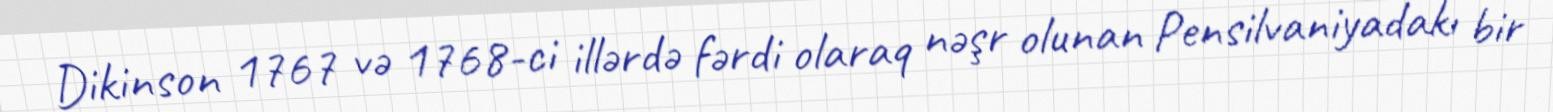
Dikinson 1767 və 1768-ci illərdə fərdi olaraq nəşr olunan Pensilvaniyadakı bir